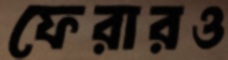
ফেরারও